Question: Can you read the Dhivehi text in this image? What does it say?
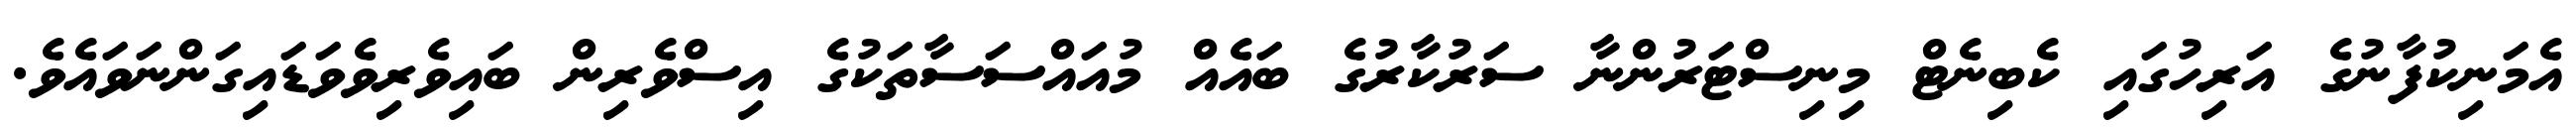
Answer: އެމަނިކުފާނުގެ އަރިހުގައި ކެބިނެޓް މިނިސްޓަރުންނާ ސަރުކާރުގެ ބައެއް މުއައްސަސާތަކުގެ އިސްވެރިން ބައިވެރިވެވަޑައިގަންނަވައެވެ.